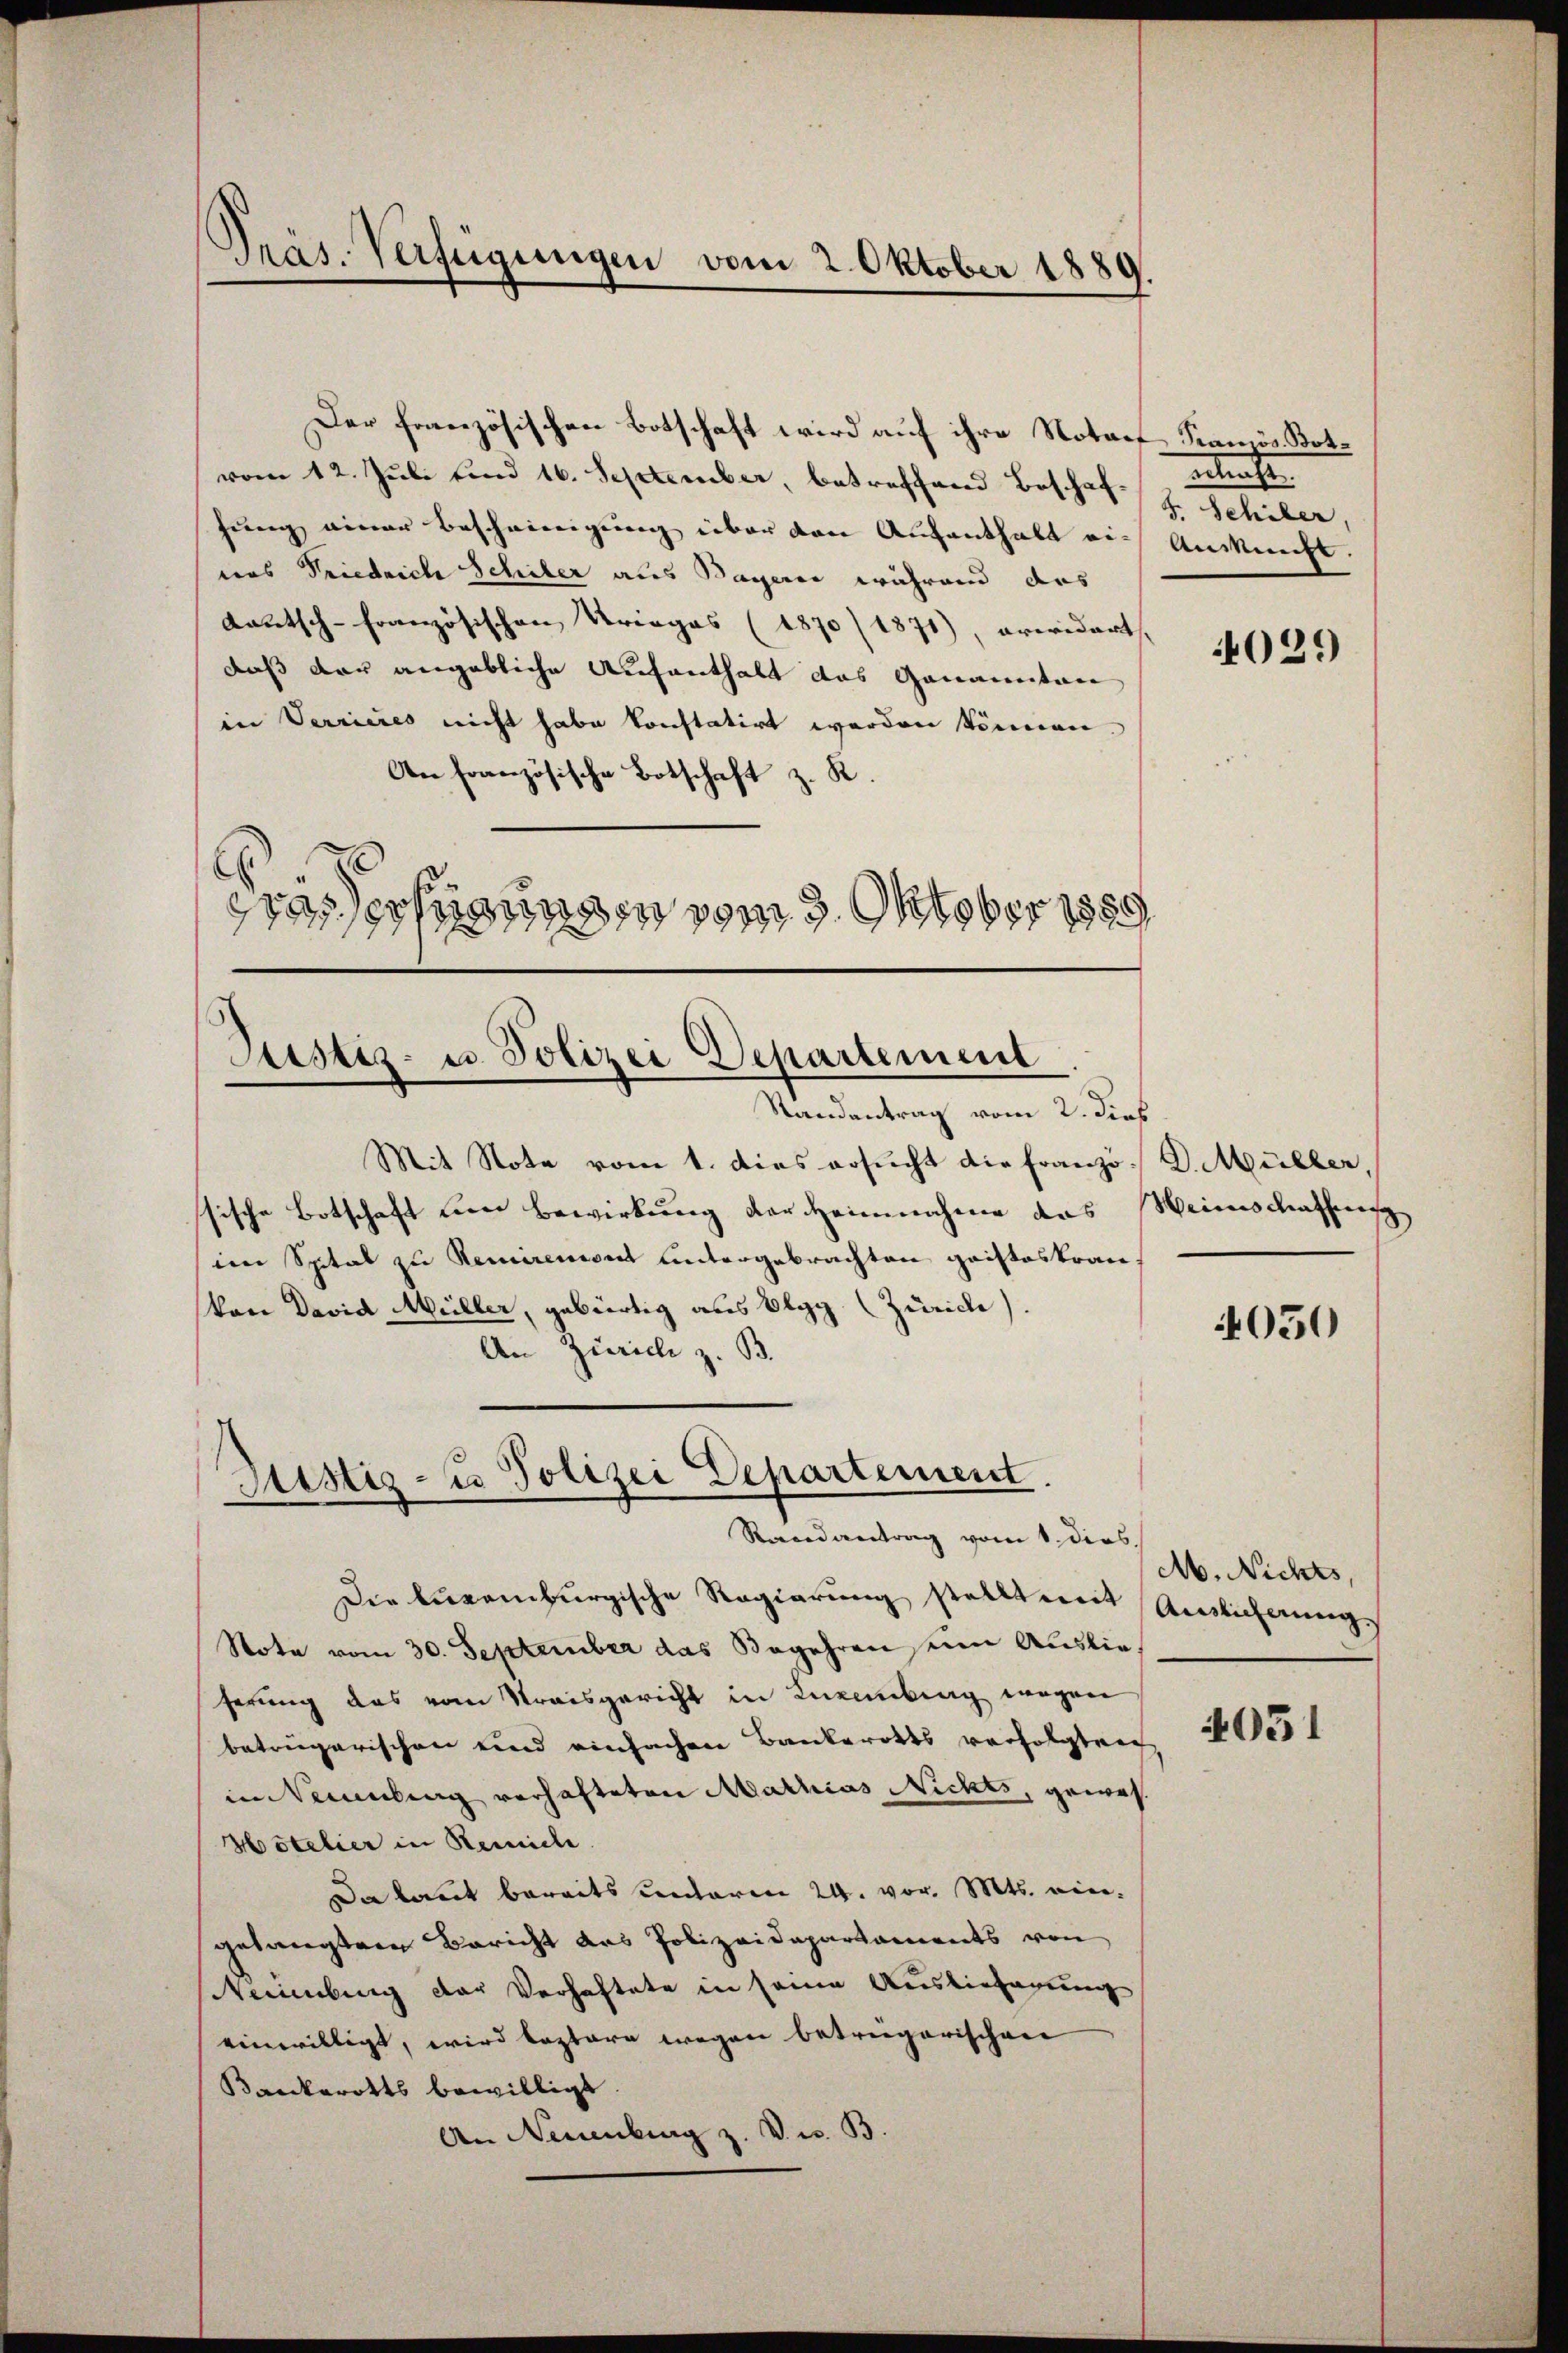
Der französischen Botschaft wird auf ihre Notorf Kranzös. Botvom 12. Juli sind 16. September, betreffend Beschaf-Schaft
hung einer Beschwierigung über den Aufenthalt auch Ansucht.
was Friedriche Schuber aus Bayerne während das
Kautsch-französischen Krieges (1870/1871), erwidert
daß der angebliche Aufenthalt das Genannten
in Verrieres nicht habe konstatirt werden können.
An französische Botschaft z. R.
Grassertigungen vom 3. Oktober 1889

Pras. Verfügungen vom 2. Oktober 1889

Justiz- u. Polizei Departement
Randantrag vom 2. dies

Mit Note vom 1. Dies ersucht die Franzö- D. Müller,
sische Botschaft den Bewirkung der Heinnahme das
(im Spital zu Kemnirenden untergebrachten geisteskran
Von David Müller, gebürtig aus Elgg (Zürich).
An Zürich z. B.

Sistiz- u Polizei Departement.
Randantrag vom 1. dies

S. Schiler,

Die Augenburgische Regierung stellt mit
Note vom 30. September das Begehren seine Auslieferung das vom Streisgericht in Luxenburg wegen
betrügerischen und einfachen Bankerotts verfolgten
in Sammlung verhafteten Mathias Nichts, gewes
Hotelier in Remich.
Da kannt bereits entaren 24. vor. Mts. eingelangter Bericht das Polizeidepartaments von
Neuenburg der Verhaftete in seine Auslieferung
einwilligt, wird leztere wegen betriegerischen
Bankerotts bewilligt.
An Neuenburg z. Dr. B.

4029

rins Mathis

050

M. Nichts,
Ainlicherung

4031